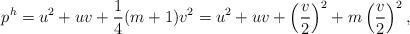
LaTeX: \begin{align*}p^h = u^2 + uv +\frac{1}{4}(m+1)v^2 = u^2 + uv + \left(\frac{v}{2}\right)^2 + m\left(\frac{v}{2}\right)^2,\end{align*}